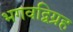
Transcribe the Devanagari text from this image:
भगवद्विग्रह